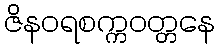
ဇိနဝရစက္ကဝတ္တနေ